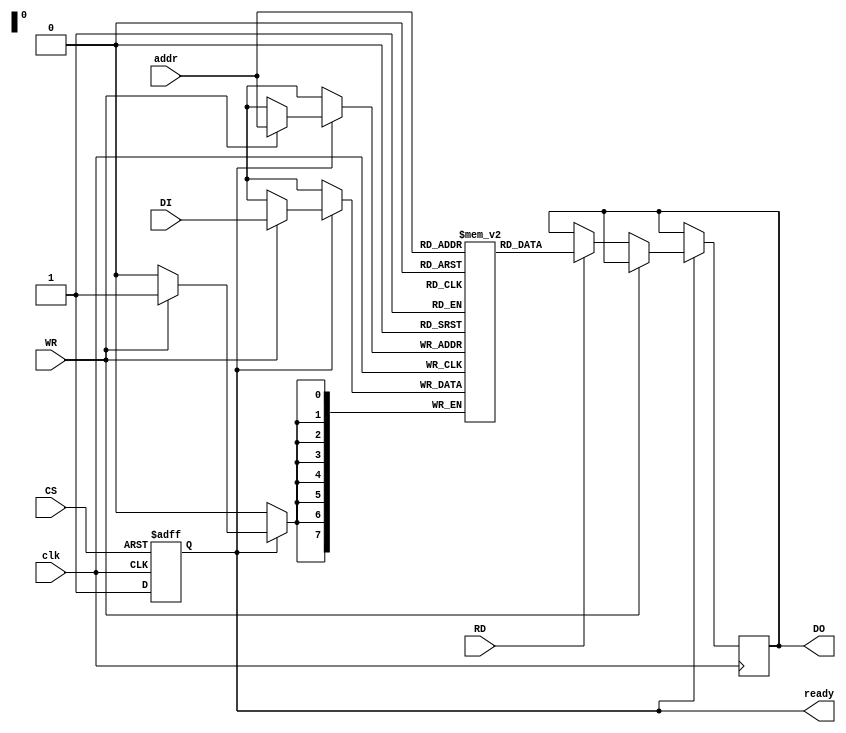
module NVSRAM (
    input wire clk,         // Clock signal
    input wire CS,         // Chip Select
    input wire RD,         // Read control signal
    input wire WR,         // Write control signal
    input wire [ADDR_WIDTH-1:0] addr, // Address input
    input wire [DATA_WIDTH-1:0] DI,    // Data input
    output reg [DATA_WIDTH-1:0] DO,    // Data output
    output reg ready       // Ready signal for operation
);

    parameter ADDR_WIDTH = 8; // Number of address bits
    parameter DATA_WIDTH = 8; // Number of data bits
    parameter MEM_SIZE = 256; // Memory size

    // Memory array (SRAM + Non-volatile element)
    reg [DATA_WIDTH-1:0] mem [0:MEM_SIZE-1];

    // Control Logic
    always @(posedge clk or negedge CS) begin
        if (!CS) begin
            ready <= 0; // Not ready when CS is low
        end else begin
            ready <= 1; // Ready when CS is high
        end
    end

    // Read and Write Logic
    always @(posedge clk) begin
        if (ready) begin
            if (WR) begin
                mem[addr] <= DI;  // Write operation
                // Call non-volatile storage function here
            end else if (RD) begin
                DO <= mem[addr];  // Read operation
            end
        end
    end

    // Non-volatile storage logic (simplified)
    task save_to_nv;
        // Implement non-volatile saving logic
    endtask

    // Data retention mechanism (simplified)
    always @(posedge clk) begin
        if (!ready) begin
            // Implement data retention logic
        end
    end

    // Power management (simplified)
    always @(posedge clk) begin
        // Implement power management logic
    end

    // Testing and Fault Tolerance (simplified)
    task self_test;
        // Implement a simple self-test routine
    endtask

endmodule